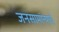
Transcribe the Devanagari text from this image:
जनसामांन्याचे